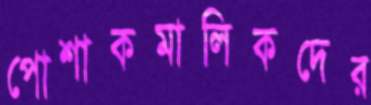
পোশাকমালিকদের